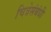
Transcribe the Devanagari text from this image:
चित्रेसंबंधी